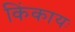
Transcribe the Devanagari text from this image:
किंकायः